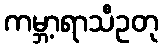
ကမ္ဘာ့ရာသီဥတု